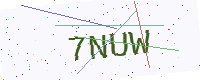
Text: 7NUW